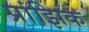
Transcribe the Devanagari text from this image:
प्रांझिक